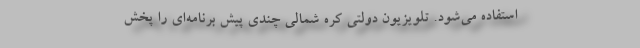
استفاده می‌شود. تلویزیون دولتی کره شمالی چندی پیش برنامه‌ای را پخش